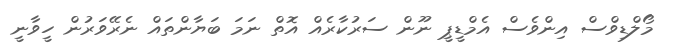
މޯލްޑިވްސް އިންވެސް އެމްޑީޕީ ނޫން ސަރުކާރެއް އޮތް ނަމަ ބަޔާންތައް ނެރޭވަރުން ހީވާނީ